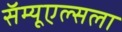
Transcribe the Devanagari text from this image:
सॅम्यूएल्सला